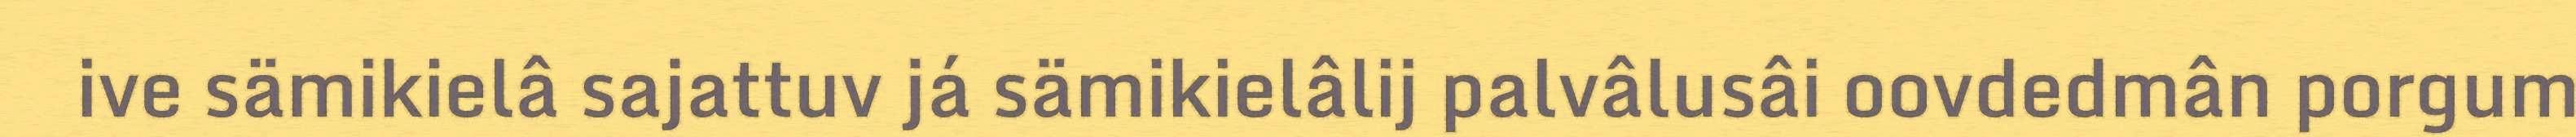
ive sämikielâ sajattuv já sämikielâlij palvâlusâi oovdedmân porgum